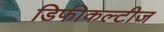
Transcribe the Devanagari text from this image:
डिफीकल्टीज